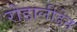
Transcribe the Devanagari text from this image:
रोडालीडेन